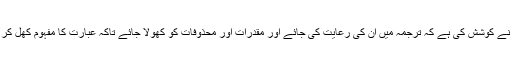
غامدی صاحب نے کوشش کی ہے کہ ترجمہ میں ان کی رعایت کی جائے اور مقدرات اور محذوفات کو کھولا جائے تاکہ عبارت کا مفہوم کھل کر سامنے آجائے۔